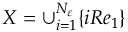
X = \cup _ { i = 1 } ^ { N _ { \varepsilon } } \{ i R e _ { 1 } \}